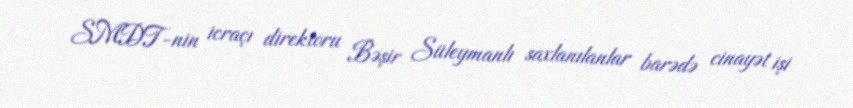
SMDT-nin icraçı direktoru Bəşir Süleymanlı saxlanılanlar barədə cinayət işi